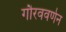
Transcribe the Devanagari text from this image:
गौरववर्णन